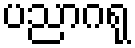
ပညာဂရု